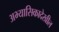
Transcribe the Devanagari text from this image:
अभ्यासिकादेखील